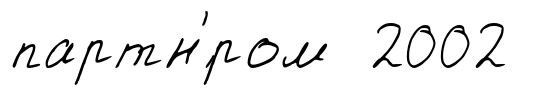
партн'́ром 2002